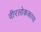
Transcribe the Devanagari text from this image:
वीरलोककाव्य